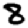
Digit: 8